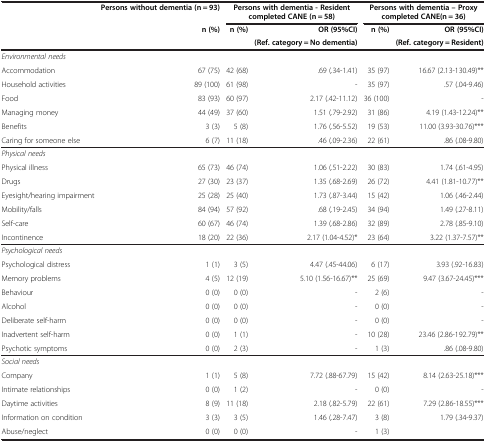
<table><thead><tr><td><b> </b></td><td><b>Persons without dementia (n = 93)</b></td><td colspan="2"><b>Persons with dementia - Resident completed CANE (n = 58)</b></td><td colspan="2"><b>Persons with dementia – Proxy completed CANE(n = 36)</b></td></tr><tr><td><b> </b></td><td><b>n (%)</b></td><td><b>n (%)</b></td><td><b>OR (95%CI)</b></td><td><b>n (%)</b></td><td><b>OR (95%CI)</b></td></tr><tr><td><b> </b></td><td><b> </b></td><td><b> </b></td><td><b>(Ref. category = No dementia)</b></td><td><b> </b></td><td><b>(Ref. category = Resident)</b></td></tr></thead><tbody><tr><td><i>Environmental needs</i></td><td> </td><td> </td><td> </td><td> </td><td> </td></tr><tr><td>Accommodation</td><td>67 (75)</td><td>42 (68)</td><td>.69 (.34-1.41)</td><td>35 (97)</td><td>16.67 (2.13-130.49)**</td></tr><tr><td>Household activities</td><td>89 (100)</td><td>61 (98)</td><td>-</td><td>35 (97)</td><td>.57 (.04-9.46)</td></tr><tr><td>Food</td><td>83 (93)</td><td>60 (97)</td><td>2.17 (.42-11.12)</td><td>36 (100)</td><td>-</td></tr><tr><td>Managing money</td><td>44 (49)</td><td>37 (60)</td><td>1.51 (.79-2.92)</td><td>31 (86)</td><td>4.19 (1.43-12.24)**</td></tr><tr><td>Benefits</td><td>3 (3)</td><td>5 (8)</td><td>1.76 (.56-5.52)</td><td>19 (53)</td><td>11.00 (3.93-30.76)***</td></tr><tr><td>Caring for someone else</td><td>6 (7)</td><td>11 (18)</td><td>.46 (.09-2.36)</td><td>22 (61)</td><td>.86 (.08-9.80)</td></tr><tr><td><i>Physical needs</i></td><td> </td><td> </td><td> </td><td> </td><td> </td></tr><tr><td>Physical illness</td><td>65 (73)</td><td>46 (74)</td><td>1.06 (.51-2.22)</td><td>30 (83)</td><td>1.74 (.61-4.95)</td></tr><tr><td>Drugs</td><td>27 (30)</td><td>23 (37)</td><td>1.35 (.68-2.69)</td><td>26 (72)</td><td>4.41 (1.81-10.77)**</td></tr><tr><td>Eyesight/hearing impairment</td><td>25 (28)</td><td>25 (40)</td><td>1.73 (.87-3.44)</td><td>15 (42)</td><td>1.06 (.46-2.44)</td></tr><tr><td>Mobility/falls</td><td>84 (94)</td><td>57 (92)</td><td>.68 (.19-2.45)</td><td>34 (94)</td><td>1.49 (.27-8.11)</td></tr><tr><td>Self-care</td><td>60 (67)</td><td>46 (74)</td><td>1.39 (.68-2.86)</td><td>32 (89)</td><td>2.78 (.85-9.10)</td></tr><tr><td>Incontinence</td><td>18 (20)</td><td>22 (36)</td><td>2.17 (1.04-4.52)*</td><td>23 (64)</td><td>3.22 (1.37-7.57)**</td></tr><tr><td><i>Psychological needs</i></td><td> </td><td> </td><td> </td><td> </td><td> </td></tr><tr><td>Psychological distress</td><td>1 (1)</td><td>3 (5)</td><td>4.47 (.45-44.06)</td><td>6 (17)</td><td>3.93 (.92-16.83)</td></tr><tr><td>Memory problems</td><td>4 (5)</td><td>12 (19)</td><td>5.10 (1.56-16.67)**</td><td>25 (69)</td><td>9.47 (3.67-24.45)***</td></tr><tr><td>Behaviour</td><td>0 (0)</td><td>0 (0)</td><td>-</td><td>2 (6)</td><td>-</td></tr><tr><td>Alcohol</td><td>0 (0)</td><td>0 (0)</td><td>-</td><td>0 (0)</td><td>-</td></tr><tr><td>Deliberate self-harm</td><td>0 (0)</td><td>0 (0)</td><td>-</td><td>0 (0)</td><td>-</td></tr><tr><td>Inadvertent self-harm</td><td>0 (0)</td><td>1 (1)</td><td>-</td><td>10 (28)</td><td>23.46 (2.86-192.79)**</td></tr><tr><td>Psychotic symptoms</td><td>0 (0)</td><td>2 (3)</td><td>-</td><td>1 (3)</td><td>.86 (.08-9.80)</td></tr><tr><td><i>Social needs</i></td><td> </td><td> </td><td> </td><td> </td><td> </td></tr><tr><td>Company</td><td>1 (1)</td><td>5 (8)</td><td>7.72 (.88-67.79)</td><td>15 (42)</td><td>8.14 (2.63-25.18)***</td></tr><tr><td>Intimate relationships</td><td>0 (0)</td><td>1 (2)</td><td>-</td><td>0 (0)</td><td>-</td></tr><tr><td>Daytime activities</td><td>8 (9)</td><td>11 (18)</td><td>2.18 (.82-5.79)</td><td>22 (61)</td><td>7.29 (2.86-18.55)***</td></tr><tr><td>Information on condition</td><td>3 (3)</td><td>3 (5)</td><td>1.46 (.28-7.47)</td><td>3 (8)</td><td>1.79 (.34-9.37)</td></tr><tr><td>Abuse/neglect</td><td>0 (0)</td><td>0 (0)</td><td>-</td><td>1 (3)</td><td> </td></tr></tbody></table>